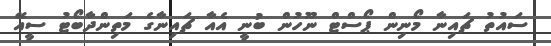
ސައުތު ޗައިނާ މޯނިން ޕޯސްޓް ނޫހުން ބުނީ އެއާ ޗައިނާގެ މަތިންދާބޯޓު ސީއޭ